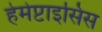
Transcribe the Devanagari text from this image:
हेमेप्टाइसिस